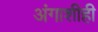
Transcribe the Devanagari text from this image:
अंगाशीही